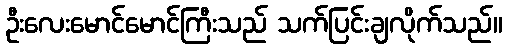
ဦးလေးမောင်မောင်ကြီးသည် သက်ပြင်းချလိုက်သည်။